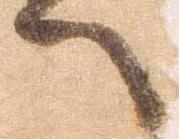
へ